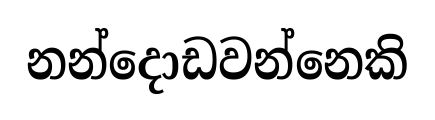
නන්දොඩවන්නෙකි